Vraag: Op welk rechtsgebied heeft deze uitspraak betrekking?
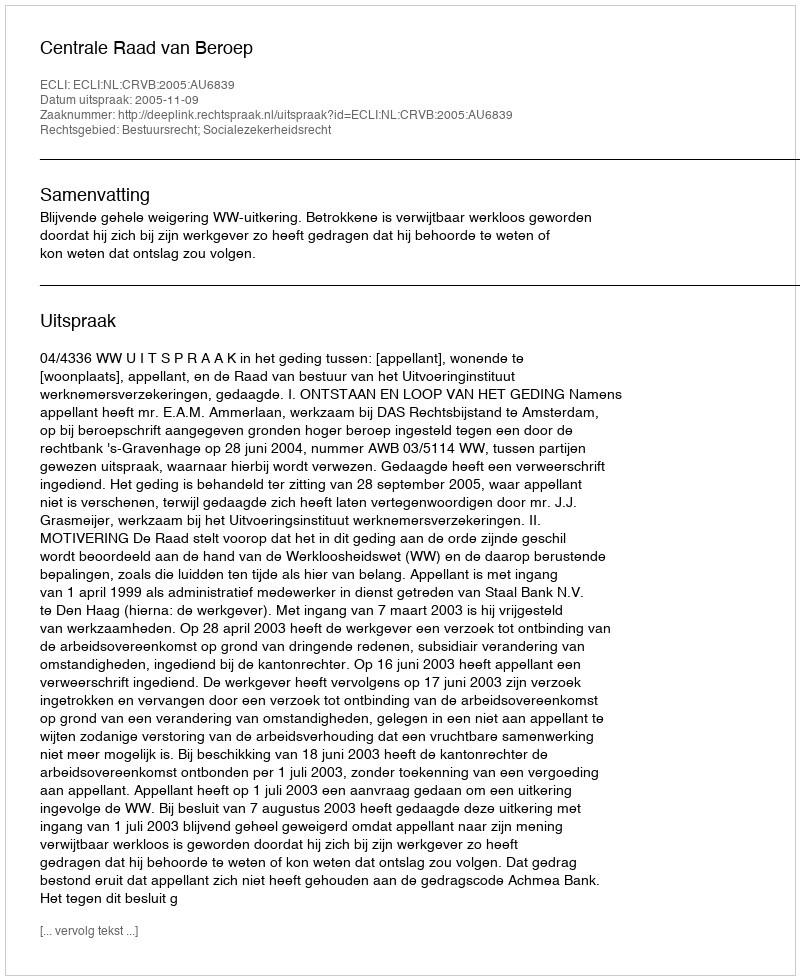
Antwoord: Bestuursrecht; Socialezekerheidsrecht